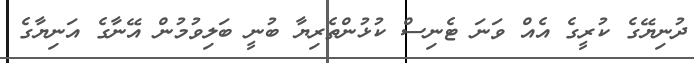
ދުނިޔޭގެ ކުރީގެ އެއް ވަނަ ޓެނިސް ކުޅުންތެރިޔާ ބުނީ ބަލިވުމުން އޭނާގެ އަނިޔާގެ